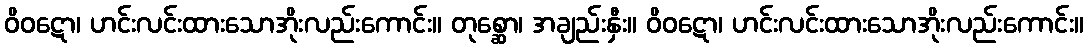
ဝိဝဋော၊ ဟင်းလင်းထားသောအိုးလည်းကောင်း။ တုစ္ဆော၊ အချည်းနှီး။ ဝိဝဋော၊ ဟင်းလင်းထားသောအိုးလည်းကောင်း။